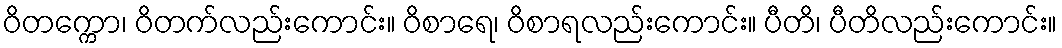
ဝိတက္ကော၊ ဝိတက်လည်းကောင်း။ ဝိစာရေ၊ ဝိစာရလည်းကောင်း။ ပီတိ၊ ပီတိလည်းကောင်း။